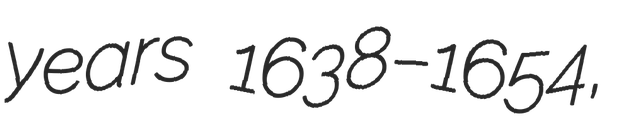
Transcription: years 1638–1654,